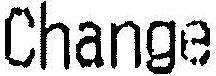
CHANGE